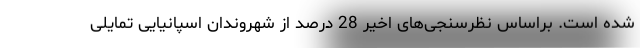
شده است. براساس نظرسنجی‌های اخیر 28 درصد از شهروندان اسپانیایی تمایلی